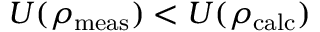
U ( \rho _ { \mathrm { m e a s } } ) < U ( \rho _ { \mathrm { c a l c } } )